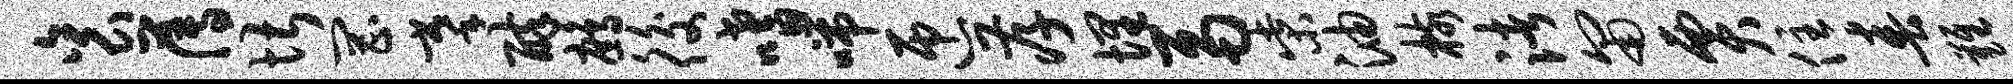
衮薄堪罔摹醉鹧後嗜喘匝孝埋鬲柴油核渚匍贾住春难